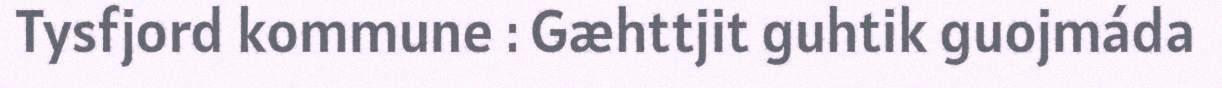
Tysfjord kommune : Gæhttjit guhtik guojmáda